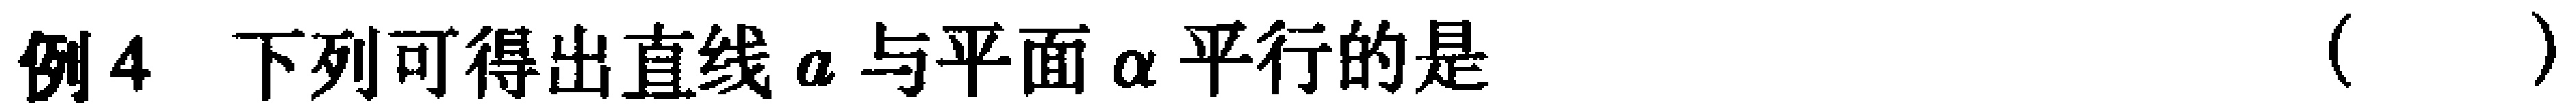
例4 下列可得出直线\(a\)与平面\(\alpha\)平行的是（  ）